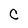
Character: C